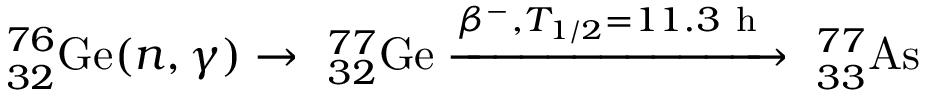
^ { 7 6 } _ { 3 2 } \mathrm { G e } ( n , \gamma ) \rightarrow \ _ { 3 2 } ^ { 7 7 } \mathrm { G e } \xrightarrow { \beta ^ { - } , T _ { 1 / 2 } = 1 1 . 3 \mathrm { ~ h ~ } } \ _ { 3 3 } ^ { 7 7 } \mathrm { A s }